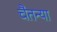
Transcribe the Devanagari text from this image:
चैतन्या